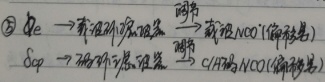
\textcircled{3} \(f_{e}\) -> 基准频率信号 \(\overset{调节}{\longrightarrow}\) 载波NCO(偏移量)\(S_{op}\) -> 环路频率信号 \(\overset{调节}{\longrightarrow}\) 时钟NCO(偏移量)